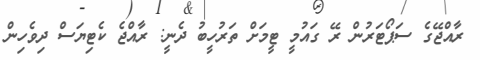
ރާއްޖޭގެ ސަޕޯޓަރުން ރޭ ގައުމީ ޓީމަށް ތަރުހީބު ދެނީ: ރާއްޖެ ކެޓިޔަސް ދިވެހިން